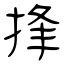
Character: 捀